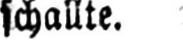
schallte.